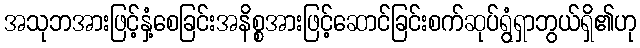
အသုဘအားဖြင့်နှံ့စေခြင်းအနိစ္စအားဖြင့်ဆောင်ခြင်းစက်ဆုပ်ရွံရှာဘွယ်ရှိ၏ဟု